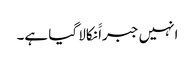
انہیں جبراََ نکالا گیا ہے۔